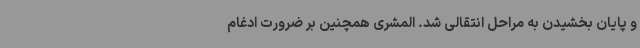
و پایان بخشیدن به مراحل انتقالی شد. المشری همچنین بر ضرورت ادغام